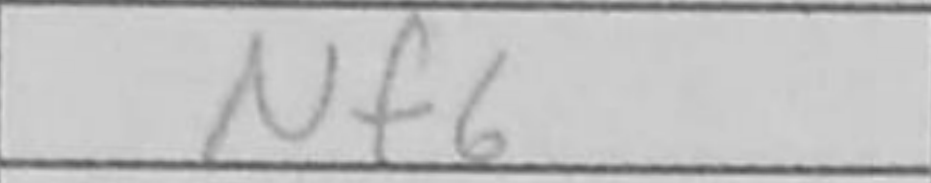
Transcription: Nf6